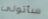
سأتولى